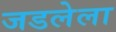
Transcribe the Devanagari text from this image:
जडलेला